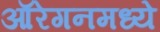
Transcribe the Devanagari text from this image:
ऑरेगनमध्ये